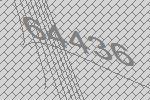
64436